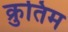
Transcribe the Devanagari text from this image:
क्रुतिम